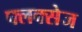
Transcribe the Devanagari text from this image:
फ्लक्‍सेज